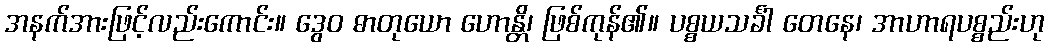
အနက်အားဖြင့်လည်းကောင်း။ ဒွေဝ ဓာတုယော ဟောန္တိ၊ ဖြစ်ကုန်၏။ ပစ္စယသင်္ခါ တေနေ၊ အာဟာရပစ္စည်းဟု